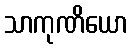
သာကုဏိယော